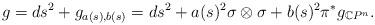
LaTeX: \begin{align*}g = ds^2 + g_{a(s),b(s)} = ds^2 + a(s)^2 \sigma \otimes \sigma + b(s)^2 \pi^{\ast}g_{\mathbb{C}P^n}.\end{align*}